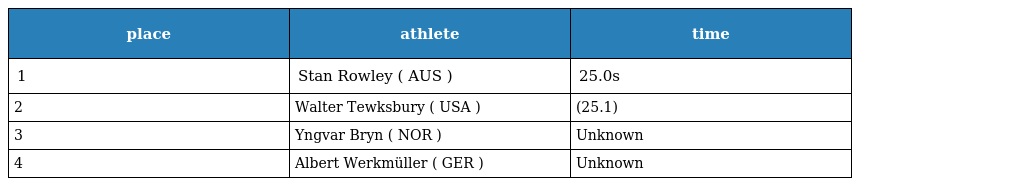
| place | athlete | time |
 | --- | --- | --- |
 | 1 | Stan Rowley ( AUS ) | 25.0s |
 | 2 | Walter Tewksbury ( USA ) | (25.1) |
 | 3 | Yngvar Bryn ( NOR ) | Unknown |
 | 4 | Albert Werkmüller ( GER ) | Unknown |